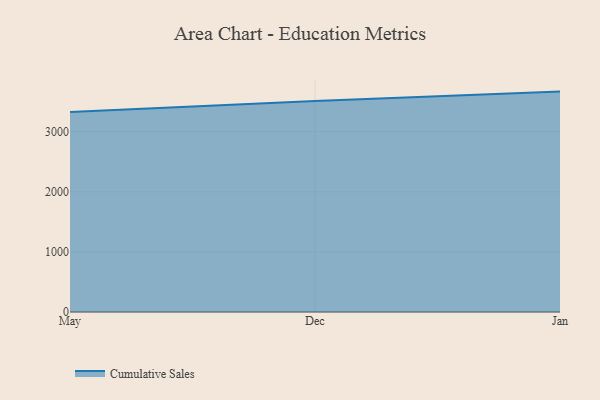
{"axis": {"x": "Month", "y": "LTV (USD)"}, "legend": ["Cumulative Sales"], "data": [{"x": "May", "y": 3330.2, "type": "Cumulative Sales"}, {"x": "Dec", "y": 3510.0, "type": "Cumulative Sales"}, {"x": "Jan", "y": 3667.6, "type": "Cumulative Sales"}]}